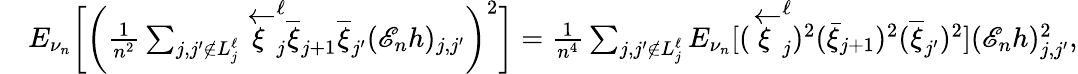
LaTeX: \begin{array}{rl}&{E_{\nu_{n}}\bigg[\bigg(\frac{1}{n^{2}}\sum_{j,j^{\prime}\notin{L_{j}^{\ell}}}\overleftarrow{\xi}_{j}^{\ell}\overline{{\xi}}_{j+1}\overline{{\xi}}_{j^{\prime}}(\mathscr{E}_{n}h)_{j,j^{\prime}}\bigg)^{2}\bigg]=\frac{1}{n^{4}}\sum_{j,j^{\prime}\notin{L_{j}^{\ell}}}E_{\nu_{n}}[(\overleftarrow{\xi}_{j}^{\ell})^{2}(\bar{\xi}_{j+1})^{2}(\overline{{\xi}}_{j^{\prime}})^{2}](\mathscr{E}_{n}h)_{j,j^{\prime}}^{2},}\end{array}